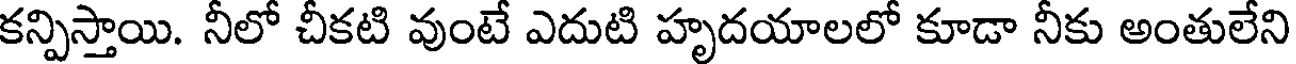
కన్పిస్తాయి. నీలో చీకటి వుంటే ఎదుటి హృదయాలలో కూడా నీకు అంతులేని